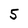
Character: 5